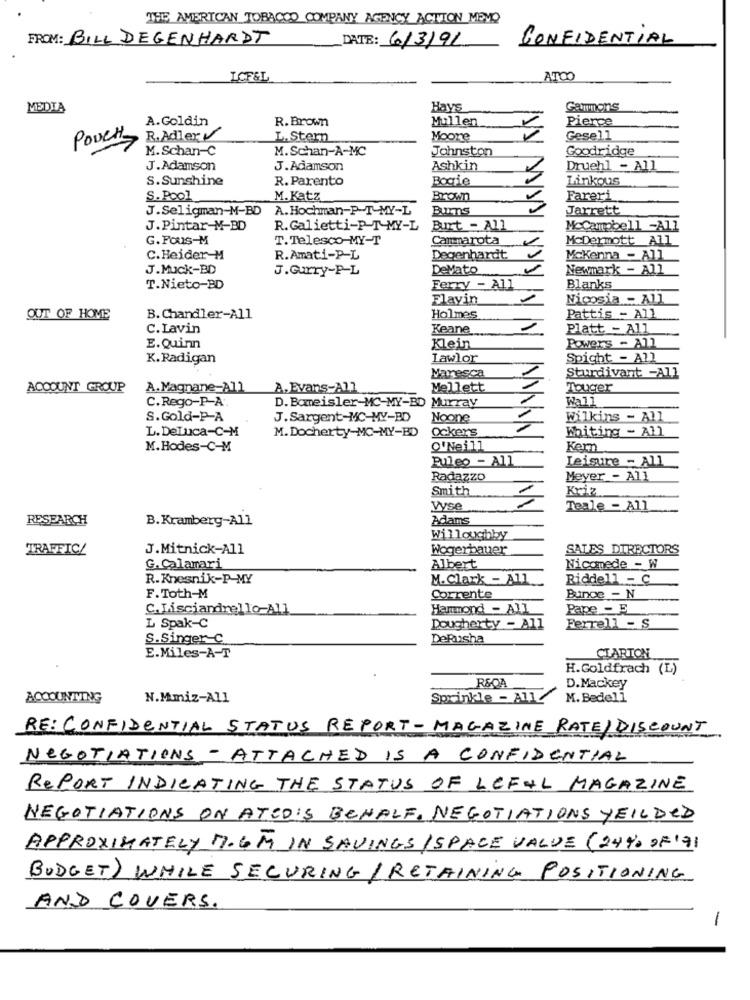
THE AMERICAN TOBACCO COMPANY AGENCY ACTION MEMO
FROM: BILL DEGENHARDT
DATE: 6/3/91
CONFIDENTIAL
LCF&L
ATOO
MEDIA
Hays
Gammons
A.Goldin
R. Brown
Mullen
Pierce
POUCH
R.Adler
L. Stern
Moore
Gesell
M. Schan-C
M. Schan-A-MC
Johnston
Goodridge
J.Adamson
J.Adamson
Ashkin
Druehl - All
S.Sunshine
R. Parento
Bogie
Linkous
S. Pool
M. Katz
Brown
Fareri
J.Seligman-M-BD A.Hochman-P-T-MY-L
Burns
Jarrett
J.Pintar-M-BD
R.Galietti-PT-MY-L
Burt - All
McCampbell -All
G.Fous-M
T.Telesco-MY-T
Cammarota
McDermott All_
C.Heider-M
R.Amati-P-L
Degenhardt
Mckenna - All
J.Muck-BD
J.Gurry-P-L
Delato
Newmark - All
T.Nieto-BD
Ferry - All
Blanks
Flavin
Nicosia - All
OUT OF HOME
B. Chandler-All
Holmes
Pattis - All
C.Lavin
Keane
Platt - All
E. Quinn
Klein
Powers - All
K.Radigan
Lawlor
Spight - All
Maresca
Sturdivant -All
ACCOUNT GROUP
A.Magnane-All
A. Evans-All
Mellett
Touger
C.Rego-P-A ..
Wall
D. Bomeisler-MC-MY-BD Murray
S.Gold-P-A
J. Sargent-MC-MY-BD
Noone
Wilkins - All
L. DeLuca-C-M
Ockers
Whiting - All
M. Docherty-MC-MY-BD
M.Hodes-C-M
O'Neill
Kern
Puleo - All
Leisure - All
Radazzo
Meyer - All
Smith
Kriz
Vyse
Teale - All
RESEARCH
B. Kramberg-All
Adams
Willoughby
TRAFFIC/
J.Mitnick-All
Wogerbauer
SALES DIRECTORS
G. Calamari
Albert
Nicomede - W
R.Knesnik-P-MY
M.Clark - All.
Riddell - C
F.Toth-M
Corrente
Bunce - N
C.Lisciandrello-All
Hammond - All
Pape - E
Ferrell - S
L Spak-C
Dougherty - All
S.Singer-C
DeRusha
E.Miles-A-T
CIARTON
H.Goldfrach (L)
R&OA
D.Mackey
ACCOUNTING
N.Mmiz-All
Sprinkle - All
M. Bedeli
RE: CONFIDENTIAL STATUS REPORT-MAGAZINE RATE) DISCOUNT
NEGOTIATIONS - ATTACHED IS A CONFIDENTIAL
REPORT INDICATING THE STATUS OF LEFAL MAGAZINE
NEGOTIATIONS ON ATCD'S BEHALF. NEGOTIATIONS YEILDED
APPROXIMATELY 7.GM IN SAVINGS /SPACE VALUE (24% OF'71
BUDGET) WHILE SECURING /RETAINING POSITIONING
AND COVERS.
-